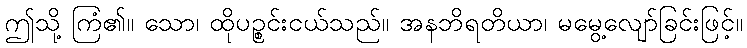
ဤသို့ ကြံ၏။ သော၊ ထိုပဉ္စင်းငယ်သည်။ အနဘိရတိယာ၊ မမွေ့လျော်ခြင်းဖြင့်။